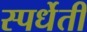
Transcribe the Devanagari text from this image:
स्पर्धेती